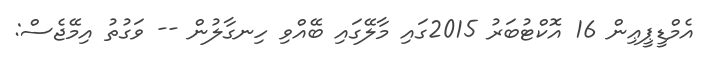
އެމްޑީޕީޢިން 16 އޮކްޓުބަރު 2015ގައި މާލޭގައި ބޭއްވި ހިނގާލުން -- ވަގުތު އިމޭޖެސް: